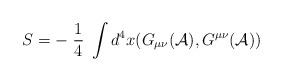
LaTeX: \begin{align*}S = - \; \frac{1}{4}\; \int d^{4}x (G_{\mu\nu}({\cal A}), G^{\mu\nu}({\cal A}))\end{align*}